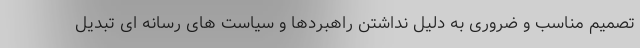
تصمیم مناسب و ضروری به دلیل نداشتن راهبردها و سیاست های رسانه ای تبدیل